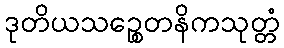
ဒုတိယသဉ္စေတနိကသုတ္တံ